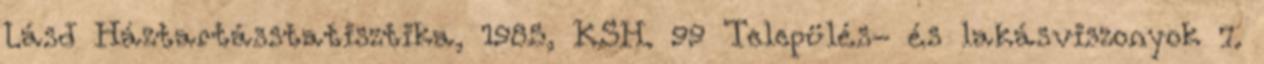
Lásd Háztartásstatisztika, 1985, KSH. 99 Település- és lakásviszonyok 7.